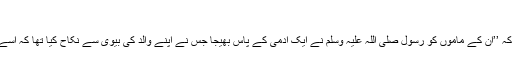
(بخاری 7047)
براء بن عازب رضی اللہ عنہ سے روایت ہے کہ ’’ان کے ماموں کو رسول صلی اللہ علیہ وسلم نے ایک آدمی کے پاس بھیجا جس نے اپنے والد کی بیوی سے نکاح کیا تھا کہ اسے قتل کر دو اور اس کا مال چھین لو‘‘ (ابو داود۔